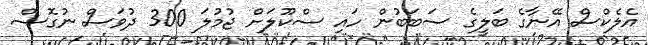
އެލެކްސް އޭނާގެ ބަލީގެ ސަބަބުން ހައި ސްކޫލަށް ޖުމުލަ 300 ދުވަސް ނުގޮސް